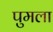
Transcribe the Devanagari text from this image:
पुमला